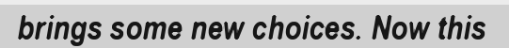
brings some new choices. Now this